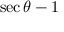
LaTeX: \sec \theta - 1